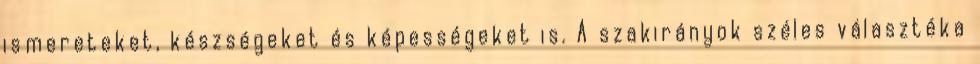
ismereteket, készségeket és képességeket is. A szakirányok széles választéka